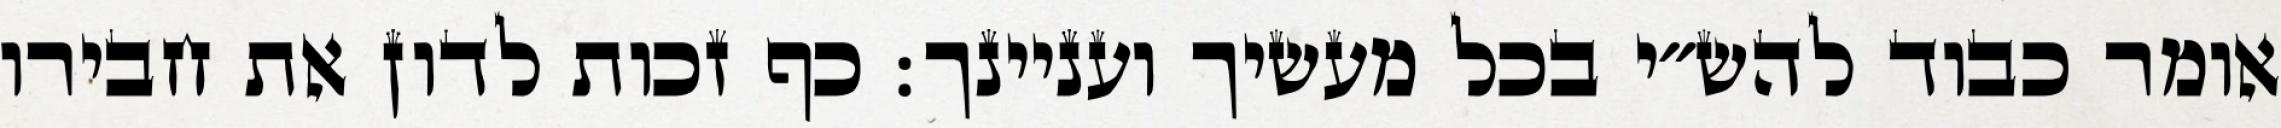
אומר כבוד להש״י בכל מעשיך ועניינך: כף זכות לדון את חבירו